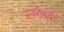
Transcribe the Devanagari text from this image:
स्पर्शबंदी